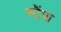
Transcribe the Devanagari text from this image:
स्टैंपा